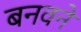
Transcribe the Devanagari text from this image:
बनवने